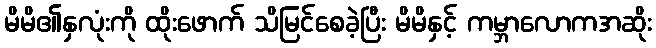
မိမိ၏နှလုံးကို ထိုးဖောက် သိမြင်စေခဲ့ပြီး မိမိနှင့် ကမ္ဘာလောကအဆိုး